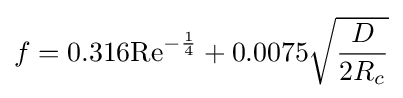
f=0.316\mathrm {Re} ^{-{1 \over 4}}+0.0075{\sqrt {\frac {D}{2R_{c}}}}